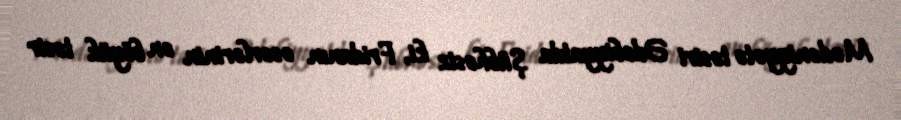
Mədəniyyətə təsiri Ədəbiyyatda Şübhəsiz ki, Fridanın əsərlərinin ən böyük təsir